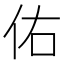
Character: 佑